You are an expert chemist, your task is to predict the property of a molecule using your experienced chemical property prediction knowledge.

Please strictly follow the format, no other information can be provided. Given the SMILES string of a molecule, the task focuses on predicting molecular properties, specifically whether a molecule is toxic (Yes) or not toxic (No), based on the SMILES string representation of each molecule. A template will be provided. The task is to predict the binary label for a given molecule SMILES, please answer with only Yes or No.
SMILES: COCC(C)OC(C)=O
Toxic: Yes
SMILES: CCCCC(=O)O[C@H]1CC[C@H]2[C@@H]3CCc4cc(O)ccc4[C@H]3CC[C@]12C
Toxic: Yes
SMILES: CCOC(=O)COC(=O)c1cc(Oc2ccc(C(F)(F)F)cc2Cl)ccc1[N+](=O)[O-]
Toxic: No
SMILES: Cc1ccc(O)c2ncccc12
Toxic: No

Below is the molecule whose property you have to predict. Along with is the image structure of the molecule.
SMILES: COCC(C)N
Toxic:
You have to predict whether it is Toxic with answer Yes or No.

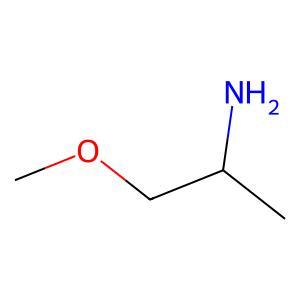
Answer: No